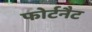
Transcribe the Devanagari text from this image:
फोर्टनैट